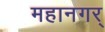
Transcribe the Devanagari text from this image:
महानगर्